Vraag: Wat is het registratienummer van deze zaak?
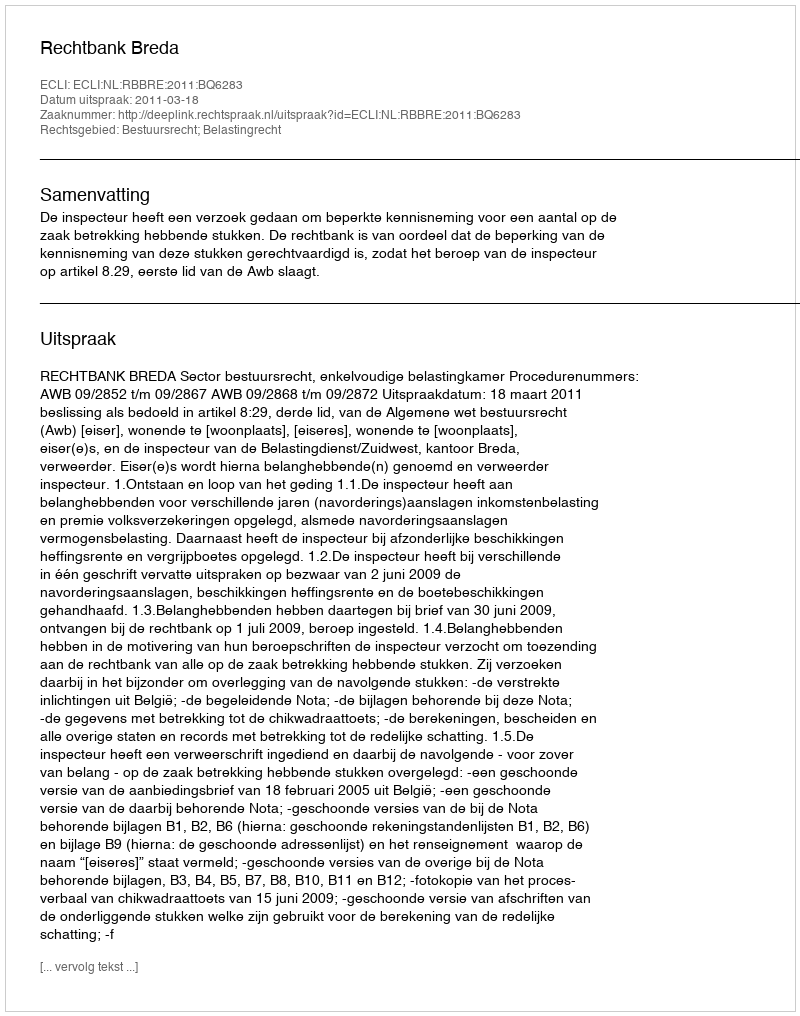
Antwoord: http://deeplink.rechtspraak.nl/uitspraak?id=ECLI:NL:RBBRE:2011:BQ6283